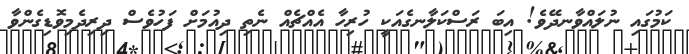
ކަމުގައި ނުލައްވާނދޭވެ! އިބަ ރަސްކަލާނގެއަކީ ހުރިހާ އެއްޗެއް ނެތި ދިއުމަށް ފަހުވެސް ދިރިދެމިވޮޑިގެންވާ